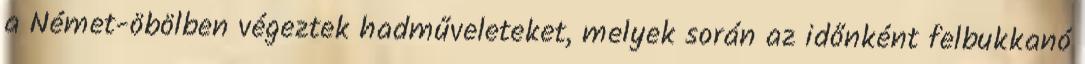
a Német-öbölben végeztek hadműveleteket, melyek során az időnként felbukkanó